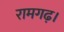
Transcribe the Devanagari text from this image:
रामगढ़।